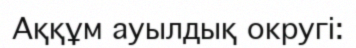
Аққұм ауылдық округі: